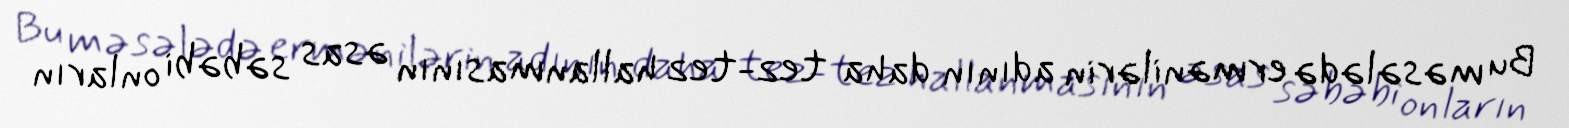
Bu məsələdə ermənilərin adının daha tez-tez hallanmasının əsas səbəbi onların